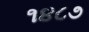
૧૪૮૭